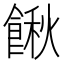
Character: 𩝋